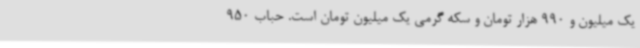
یک میلیون و 990 هزار تومان و سکه گرمی یک میلیون تومان است. حباب 950